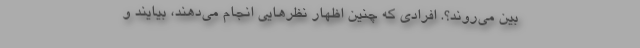
بین می‌روند؟. افرادی که چنین اظهار نظرهایی انجام می‌دهند، بیایند و